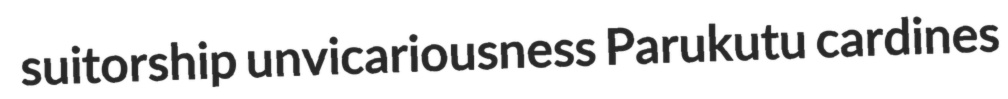
suitorship unvicariousness Parukutu cardines